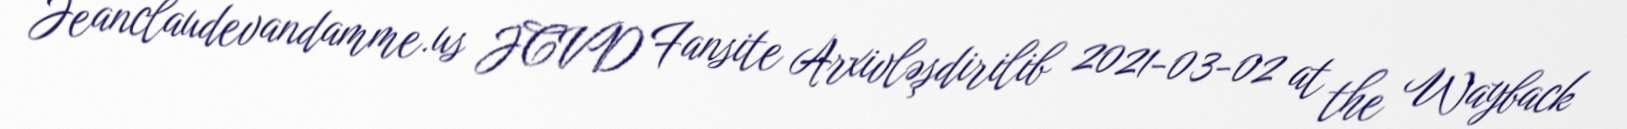
Jeanclaudevandamme.us JCVD Fansite Arxivləşdirilib 2021-03-02 at the Wayback